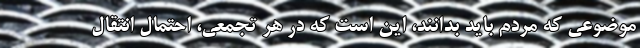
موضوعی که مردم باید بدانند، این است که در هر تجمعی، احتمال انتقال